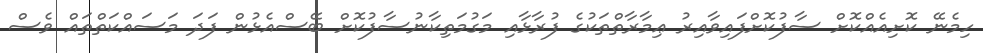
ހިމެނޭ ކޮށިއެއްކޮށް ސާފުކޮށްފައިވާއިރު ޢިމާރާތްތަކުގެ ފުރާޅާއި މަގުމަތިކާނުސާފުކޮށް ބޭސްއެޅުން ފަދަ މަސައްކަތްތައް ވެސް